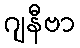
ဂျနီဗာ